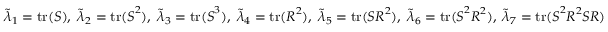
\tilde { \lambda } _ { 1 } = \operatorname { t r } ( \boldsymbol { S } ) , \; \tilde { \lambda } _ { 2 } = \operatorname { t r } ( \boldsymbol { S } ^ { 2 } ) , \; \tilde { \lambda } _ { 3 } = \operatorname { t r } ( \boldsymbol { S } ^ { 3 } ) , \; \tilde { \lambda } _ { 4 } = \operatorname { t r } ( \boldsymbol { R } ^ { 2 } ) , \; \tilde { \lambda } _ { 5 } = \operatorname { t r } ( \boldsymbol { S } \boldsymbol { R } ^ { 2 } ) , \; \tilde { \lambda } _ { 6 } = \operatorname { t r } ( \boldsymbol { S } ^ { 2 } \boldsymbol { R } ^ { 2 } ) , \; \tilde { \lambda } _ { 7 } = \operatorname { t r } ( \boldsymbol { S } ^ { 2 } \boldsymbol { R } ^ { 2 } \boldsymbol { S } \boldsymbol { R } )